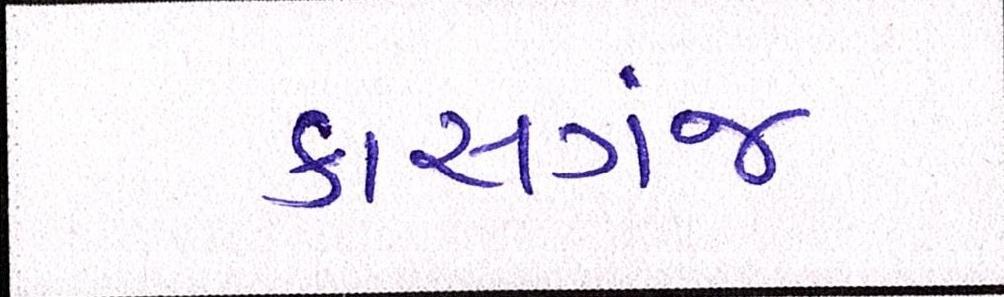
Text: કાસગંજ